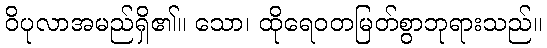
ဝိပုလာအမည်ရှိ၏။ သော၊ ထိုရေဝတမြတ်စွာဘုရားသည်။